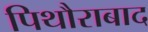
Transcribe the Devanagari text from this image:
पिथौराबाद